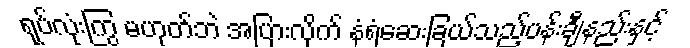
ရုပ်လုံးကြွ မဟုတ်ဘဲ အပြားလိုက် နံရံဆေးခြယ်သည့်ပန်းချီနည်းနှင့်